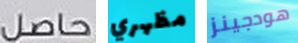
حاصل مظهري هودجينز